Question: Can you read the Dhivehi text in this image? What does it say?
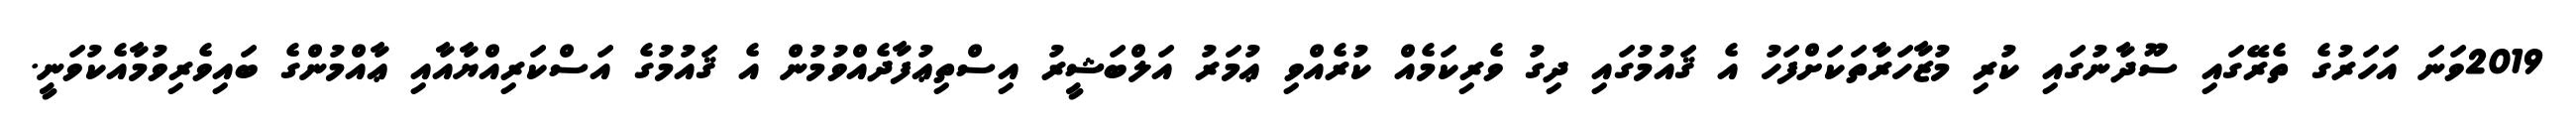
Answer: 2019ވަނަ އަހަރުގެ ތެރޭގައި ސޫދާނުގައި ކުރި މުޒާހަރާތަކަށްފަހު އެ ޤައުމުގައި ދިގު ވެރިކަމެއް ކުރެއްވި ޢުމަރު އަލްބަޝީރު އިސްތިޢުފާދެއްވުމުން އެ ޤައުމުގެ އަސްކަރިއްޔާއާއި ޢާއްމުންގެ ބައިވެރިވުމާއެކުވަނީ.